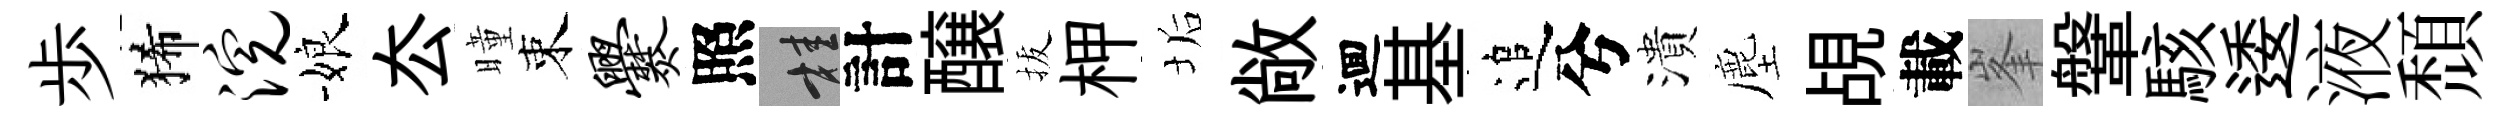
歩狶浣娘厺曈束爨照桂計醸拔柙垢敞逥基追兮潰塵覘載峯鞶駭逶液頹